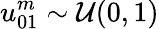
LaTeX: u_{01}^{m}\sim\mathcal{U}(0,1)